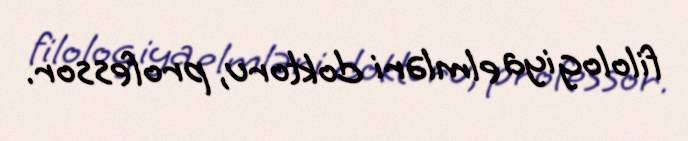
filologiya elmləri doktoru, professor.